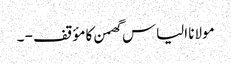
مولانا الیاس گھمن کا مؤقف - ۔